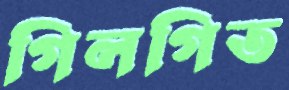
গিলগিত